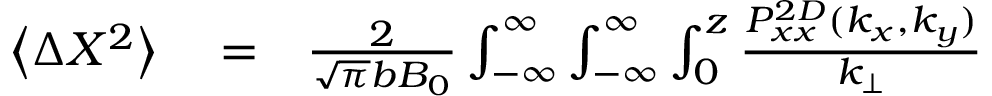
\begin{array} { r l r } { \left\langle \Delta X ^ { 2 } \right\rangle } & { { } = } & { \frac { 2 } { \sqrt { \pi } b B _ { 0 } } \int _ { - \infty } ^ { \infty } \int _ { - \infty } ^ { \infty } \int _ { 0 } ^ { z } \frac { P _ { x x } ^ { 2 D } ( k _ { x } , k _ { y } ) } { k _ { \perp } } } \end{array}